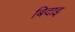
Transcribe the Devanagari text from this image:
बिदाइ